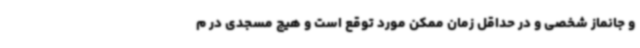
و جانماز شخصی و در حداقل زمان ممکن مورد توقع است و هیچ مسجدی در م